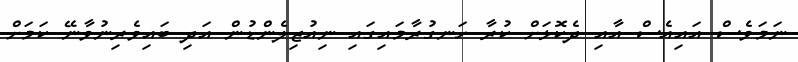
ނަމަވެސް އައިއެސް އާއި ދެކޮޅަށް ކުރާ ހަނގުރާމައިގައި ނިއުޒިލެންޑުން އަދި ބައިވެރިނުވާނޭ ކަމަށް